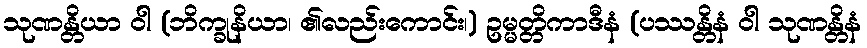
သုဏန္တိယာ ဝါ (ဘိက္ခုနိယာ၊ ၏လည်းကောင်း၊) ဥမ္မတ္တိကာဒီနံ (ပဿန္တိနံ ဝါ သုဏန္တိနံ